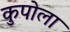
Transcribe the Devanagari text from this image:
कुपोला